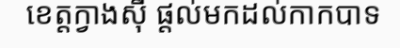
ខេត្តក្វាងស៊ី ផ្តល់មកដល់កាកបាទ